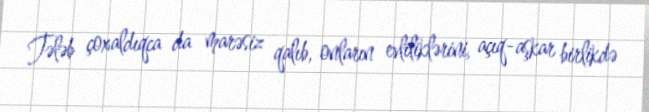
Tələb çoxaldıqca da marəsiz qalıb, onların evliliklərini, açıq-aşkar birlikdə